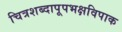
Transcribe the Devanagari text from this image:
चित्रशब्दापूपभक्षविपाक